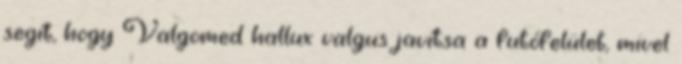
segít, hogy Valgomed hallux valgus javítsa a futófelület, mivel